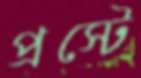
প্রস্টে